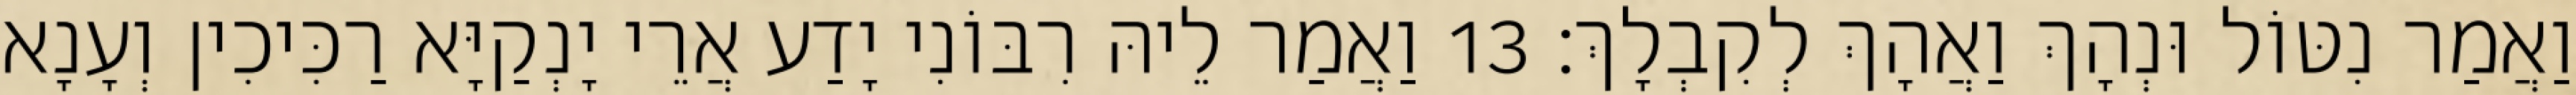
וַאֲמַר נִטּוֹל וּנְהָךְ וַאֲהָךְ לְקִבְלָךְ׃ 13 וַאֲמַר לֵיהּ רִבּוֹנִי יָדַע אֲרֵי יָנְקַיָּא רַכִּיכִין וְעָנָא